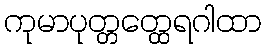
ကုမာပုတ္တတ္ထေရဂါထာ